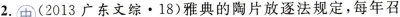
2. (2013 广东文综 · 18)雅典的陶片放逐法规定，每年召